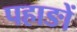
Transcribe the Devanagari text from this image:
पहाङों